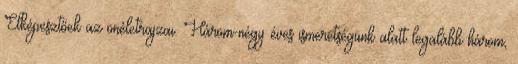
Elképesztőek az önéletrajzai. Három-négy éves is­meretségünk alatt legalább három,